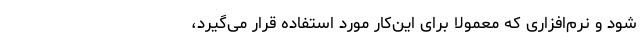
شود و نرم‌افزاری که معمولاً برای این‌کار مورد استفاده قرار می‌گیرد،